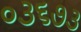
૦૩૬૭૩